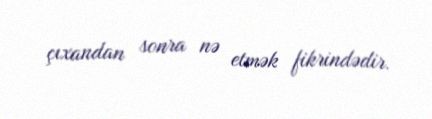
çıxandan sonra nə etmək fikrindədir.